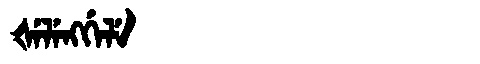
Manchu: ᡧᡝᠯᡝᠩᡤᡝᠯᡝ
Romanization: ŠELENGGELE